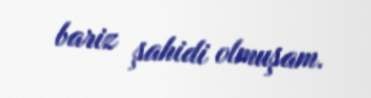
bariz şahidi olmuşam.